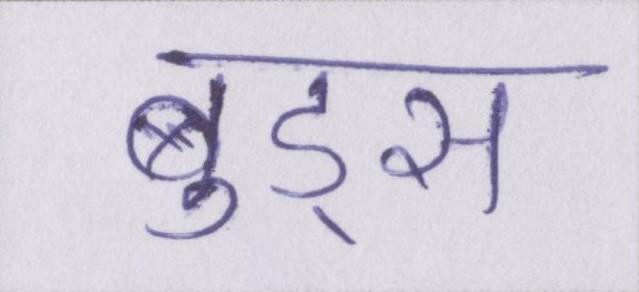
वुड्स